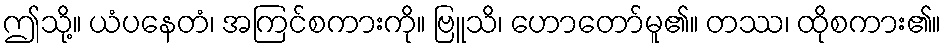
ဤသို့။ ယံပနေတံ၊ အကြင်စကားကို။ ဗြူသိ၊ ဟောတော်မူ၏။ တဿ၊ ထိုစကား၏။